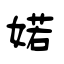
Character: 婼